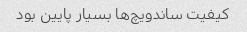
کیفیت ساندویچ‌ها بسیار پایین بود